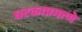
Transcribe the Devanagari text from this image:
घटकाप्रमाणे